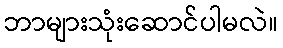
ဘာများသုံးဆောင်ပါမလဲ။